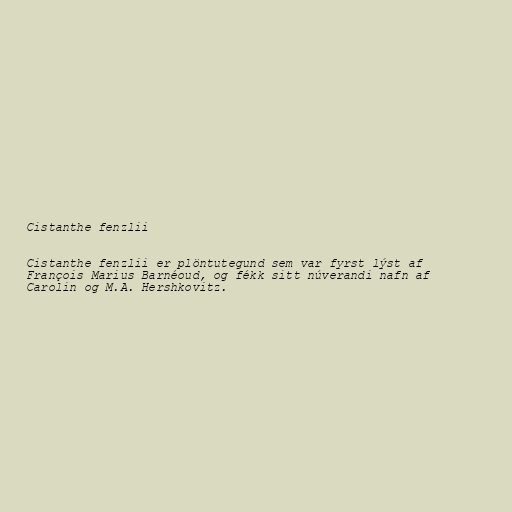
Cistanthe fenzlii

Cistanthe fenzlii er plöntutegund sem var fyrst lýst af
François Marius Barnéoud, og fékk sitt núverandi nafn af
Carolin og M.A. Hershkovitz.